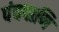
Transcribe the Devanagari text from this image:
पंचपाणि